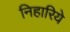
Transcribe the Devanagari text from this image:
निहारिये